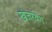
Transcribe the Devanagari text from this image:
खंजरबेग